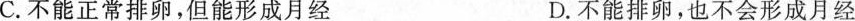
C.不能正常排卵，但能形成月经 D.不能排卵，也不会形成月经